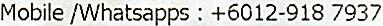
MOBILE /WHATSAPPS : +6012-918 7937